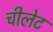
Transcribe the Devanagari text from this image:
चीलेट